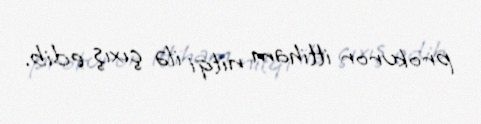
prokuror ittiham nitqi ilə çıxış edib.